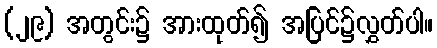
(၂၉) အတွင်း၌ အားထုတ်၍ အပြင်၌လွှတ်ပါ။